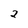
Character: 2